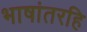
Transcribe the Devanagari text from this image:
भाषांतरहि